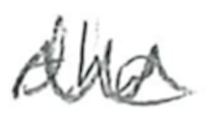
Text: the
Cross-out: zig-zag
Writing tool: pencil